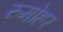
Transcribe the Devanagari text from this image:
रुमोहर